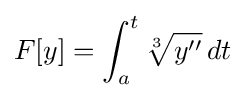
F[y]=\int _{a}^{t}{\sqrt[{3}]{y''}}\,dt